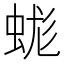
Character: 蛖